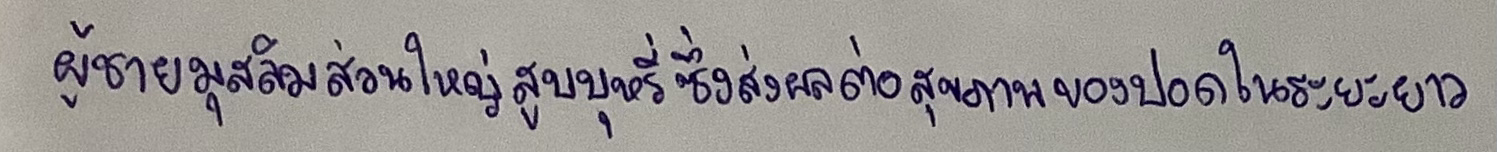
ผู้ชายมุสลิมส่วนใหญ่สูบบุหรี่ซึ่งส่งผลต่อสุขภาพของปอดในระยะยาว